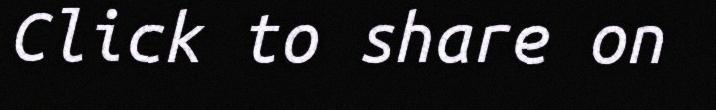
Click to share on